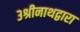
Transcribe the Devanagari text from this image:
३श्रीनाथद्वारा